Treatise on elephants
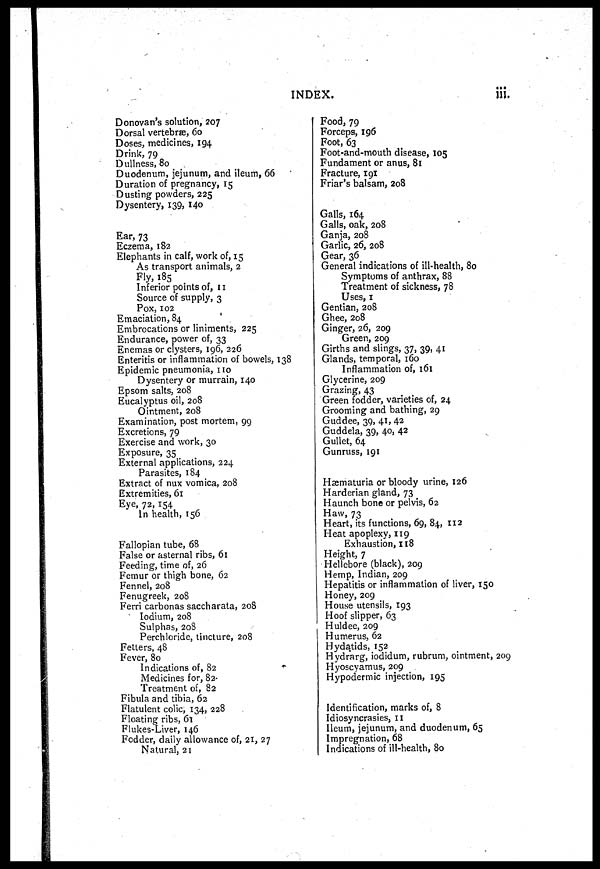
INDEX.
iii.
Donovan's solution, 207
Dorsal vertebræ, 60
Doses, medicines, 194
Drink, 79
Dullness, 80
Duodenum, jejunum, and ileum, 66
Duration of pregnancy, 15
Dusting powders, 225
Dysentery, 139, 140
Ear, 73
Eczema, 182
Elephants in calf, work of, 15
As transport animals, 2
Fly, 185
Inferior points of, 11
Source of supply, 3
Pox, 102
Emaciation, 84
Embrocations or liniments, 225
Endurance, power of, 33
Enemas or clysters, 196, 226
Enteritis or inflammation of bowels, 138
Epidemic pneumonia, 110
Dysentery or murrain, 140
Epsom salts, 208
Eucalyptus oil, 208
Ointment, 208
Examination, post mortem, 99
Excretions, 79
Exercise and work, 30
Exposure, 35
External applications, 224
Parasites, 184
Extract of nux vomica, 208
Extremities, 61
Eye, 72,154
In health, 156
Fallopian tube, 68
False or asternal ribs, 61
Feeding, time of, 26
Femur or thigh bone, 62
Fennel, 208
Fenugreek, 208
Ferri carbonas saccharata, 208
Iodium, 208
Sulphas, 208
Perchloride, tincture, 208
Fetters, 48
Fever, 80
Indications of, 82
Medicines for, 82
Treatment of, 82
Fibula and tibia, 62
Flatulent colic, 134, 228
Floating ribs, 61
Flukes-Liver, 146
Fodder, daily allowance of, 21, 27
Natural, 21
Food, 79
Forceps, 196
Foot, 63
Foot-and-mouth disease, 105
Fundament or anus, 81
Fracture, 191
Friar's balsam, 208
Galls, 164
Galls, oak, 208
Ganja, 208
Garlic, 26, 208
Gear, 36
General indications of ill-health, 80
Symptoms of anthrax, 88
Treatment of sickness, 78
Uses, 1
Gentian, 208
Ghee, 208
Ginger, 26, 209
Green, 209
Girths and slings, 37, 39, 41
Glands, temporal, 160
Inflammation of, 161
Glycerine, 209
Grazing, 43
Green fodder, varieties of, 24
Grooming and bathing, 29
Guddee, 39, 41, 42
Guddela, 39, 40, 42
Gullet, 64
Gunruss, 191
Hæmaturia or bloody urine, 126
Harderian gland, 73
Haunch bone or pelvis, 62
Haw, 73
Heart, its functions, 69, 84, 112
Heat apoplexy, 119
Exhaustion, 118
Height, 7
Hellebore (black), 209
Hemp, Indian, 209
Hepatitis or inflammation of liver, 150
Honey, 209
House utensils, 193
Hoof slipper, 63
Huldee, 209
Humerus, 62
Hydatids, 152
Hydrarg, iodidum, rubrum, ointment, 209
Hyoscyamus, 209
Hypodermic injection, 195
Identification, marks of, 8
Idiosyncrasies, 11
Ileum, jejunum, and duodenum, 65
Impregnation, 68
Indications of ill-health, 80